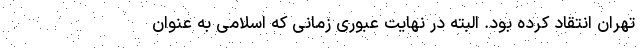
تهران انتقاد کرده بود. البته در نهایت عبوری زمانی که اسلامی به عنوان